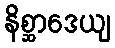
နိစ္ဆာဒေယျ